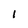
Character: l